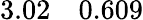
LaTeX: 3.02\quad 0.609